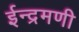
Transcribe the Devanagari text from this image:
ईन्द्रमणी